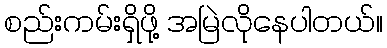
စည်းကမ်းရှိဖို့ အမြဲလိုနေပါတယ်။